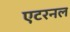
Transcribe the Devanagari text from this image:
एटरनल